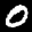
Label: 0